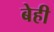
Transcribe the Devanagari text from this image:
बेही